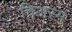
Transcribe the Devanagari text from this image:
चिअस्म